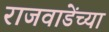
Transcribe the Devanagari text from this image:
राजवाडेंच्या